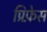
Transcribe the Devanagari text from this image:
प्रिफ़ेस